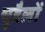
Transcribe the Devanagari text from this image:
चुडैलों